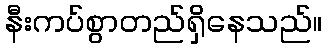
နီးကပ်စွာတည်ရှိနေသည်။